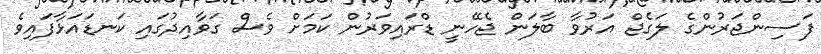
ފަސިންޖަރުންގެ ލަގެޖް އަރުވާ ބާލަން ޖެހޭނީ ޑްރައިވަރުން ކަމަށް ވެސް ގަވާއިދުގައި ކަނޑައަޅާފައިވެ